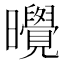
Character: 𪱔